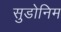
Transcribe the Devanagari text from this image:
सुडोनिम